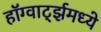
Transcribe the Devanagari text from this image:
हॉग्वार्ट्झमध्ये